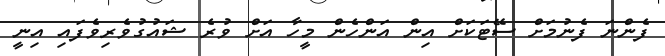
ފެންނަ ފެނުމަށް ސޭޓަކަށް އިން އަންހެން މީހާ އަށް ވުރެ ޝައުގުވެރިވެފައި އިނީ